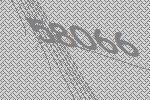
58066